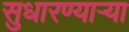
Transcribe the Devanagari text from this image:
सुधारण्याऱ्या